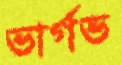
ভার্গভ